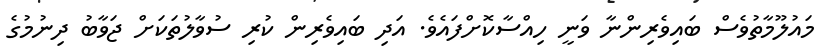
މައުލޫމާތުވެސް ބައިވެރިންނާ ވަނީ ހިއްސާކޮށްފައެވެ. އަދި ބައިވެރިން ކުރި ސުވާލުތަކަށް ޖަވާބު ދިނުމުގެ